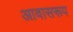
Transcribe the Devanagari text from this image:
आवासरूप